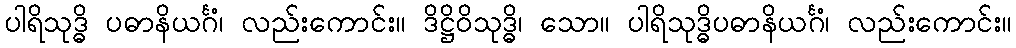
ပါရိသုဒ္ဓိ ပဓာနိယင်္ဂံ၊ လည်းကောင်း။ ဒိဋ္ဌိဝိသုဒ္ဓိ၊ သော။ ပါရိသုဒ္ဓိပဓာနိယင်္ဂံ၊ လည်းကောင်း။